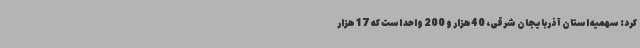
کرد: سهمیه استان آذربایجان شرقی، 40هزار و 200 واحد است که 17 هزار